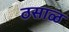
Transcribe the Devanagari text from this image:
ठसाळ